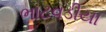
ભાટવડીયા